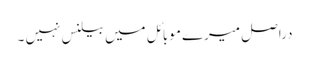
دراصل میرے موبائل میں بیلنس نہیں ۔